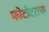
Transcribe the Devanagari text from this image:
फोटोट्राफ